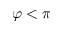
\varphi < \pi